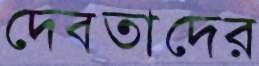
দেবতাদের